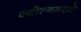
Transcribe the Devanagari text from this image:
क्योल्नमध्ये